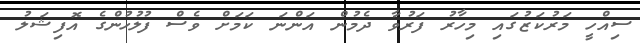
ސިއްހީ މަރުކަޒުގައި މިހާރު ފަރުވާ ދެމުން އަންނަ ކަމަށް ވެސް ފުލުހުންގެ އޮފިޝަލު